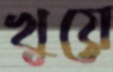
খুয়ে